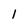
Character: I